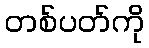
တစ်ပတ်ကို